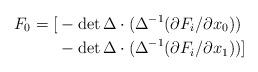
LaTeX: \begin{align*}F_0=[& -\det\Delta\cdot(\Delta^{-1}(\partial F_i/\partial x_0))\\& -\det\Delta\cdot(\Delta^{-1}(\partial F_i/\partial x_1))]\end{align*}